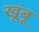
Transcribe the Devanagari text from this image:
खूंबू